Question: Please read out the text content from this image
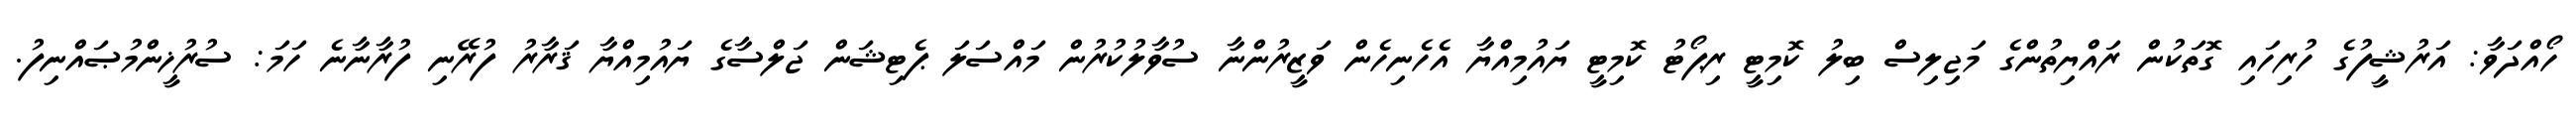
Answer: ހޯއްދަވާ: އަރުޝީފުގެ ހުރިހައި ގޮތަކުން ރައްޔިތުންގެ މަޖިލިސް ބިލު ކޮމިޓީ ރިޕޯޓު ކޮމިޓީ ޔައުމިއްޔާ އެހެނިހެން ވަޒީރުންނާ ސުވާލުކުރުން މައްސަލަ ޕެޓިޝަން ޖަލްސާގެ ޔައުމިއްޔާ ޤަރާރު ފުރޭނި ފުރާނާނެ ހަމަ: ސުރުޚީންމުޞައްނިފު.